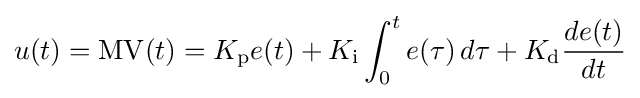
u(t)=\mathrm {MV} (t)=K_{\text{p}}e(t)+K_{\text{i}}\int _{0}^{t}e(\tau )\,d\tau +K_{\text{d}}{\frac {de(t)}{dt}}